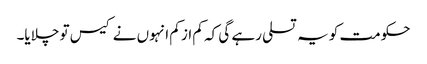
حکومت کو یہ تسلی رہے گی کہ کم از کم انہوں نے کیس تو چلایا۔